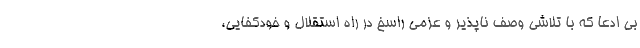
بی ادعا که با تلاشی وصف ناپذیر و عزمی راسخ در راه استقلال و خودکفایی،